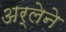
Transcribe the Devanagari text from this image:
अर्लेने